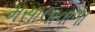
મસાલાવાળા